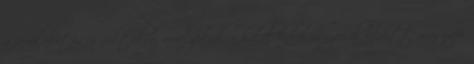
a véraláfutásos foltokra, amelyekrõl a halál körülményeirõl felvett másnapi